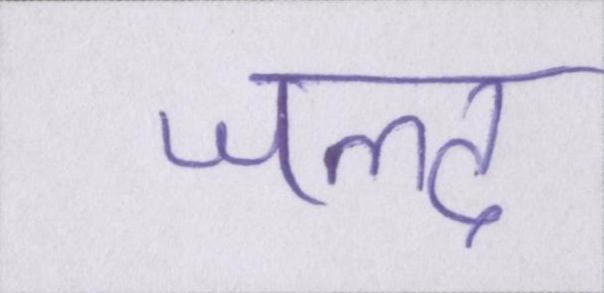
जल्द